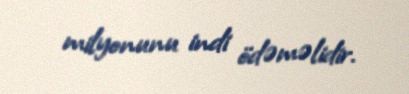
milyonunu indi ödəməlidir.